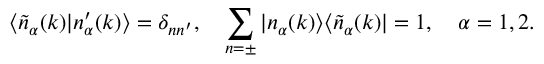
\langle \widetilde { n } _ { \alpha } ( k ) | n _ { \alpha } ^ { \prime } ( k ) \rangle = \delta _ { n n ^ { \prime } } , \quad \sum _ { n = \pm } | n _ { \alpha } ( k ) \rangle \langle \widetilde { n } _ { \alpha } ( k ) | = 1 , \quad \alpha = 1 , 2 .